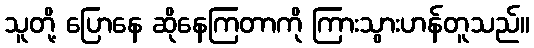
သူတို့ ပြောနေ ဆိုနေကြတာကို ကြားသွားဟန်တူသည်။